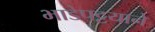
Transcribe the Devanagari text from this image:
भाडेपट्टयाने